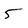
Character: 5